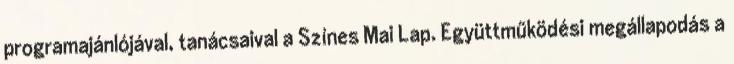
programajánlójával, tanácsaival a Színes Mai Lap. Együttműködési megállapodás a